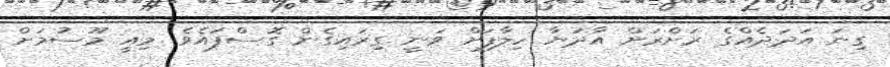
ގިނަ އަދަދެއްގެ ރަށްރަށް އާދަޔާ ހިލާފަށް ވަނީ ގިރައިގެން ގޮސްފައެވެ. މިއީ މޫސުމަށް